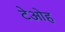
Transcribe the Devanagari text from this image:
टेओह